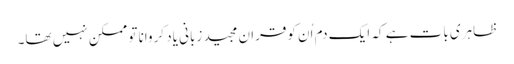
ظاہری بات ہے کہ ایک دم اُن کوقران مجید زبانی یاد کروانا تو ممکن نہیں تھا۔